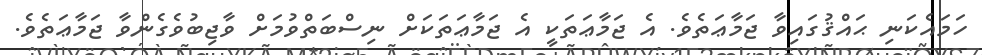
ހަމައެކަނި ޙައްޤުގައިވާ ޖަމާޢަތެވެ. އެ ޖަމާޢަތަކީ އެ ޖަމާޢަތަކަށް ނިސްބަތްވުމަށް ވާޖިބުވެގެންވާ ޖަމާޢަތެވެ.